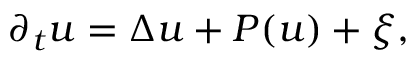
\partial _ { t } u = \Delta u + P ( u ) + \xi ,